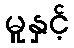
မူနှင့်